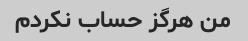
من هرگز حساب نکردم